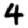
Digit: 4